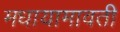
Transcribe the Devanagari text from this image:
मधायामावती